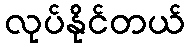
လုပ်နိုင်တယ်